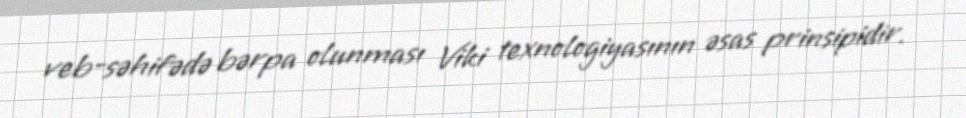
veb-səhifədə bərpa olunması Viki texnologiyasının əsas prinsipidir.